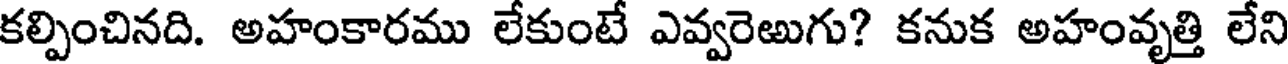
కల్పించినది. అహంకారము లేకుంటే ఎవ్వరెఱుగు? కనుక అహంవృత్తి లేని